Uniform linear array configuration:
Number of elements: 12
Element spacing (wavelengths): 0.5
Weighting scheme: exponential
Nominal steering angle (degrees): -45
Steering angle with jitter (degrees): -46.746
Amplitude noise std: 0.05
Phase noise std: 0.05

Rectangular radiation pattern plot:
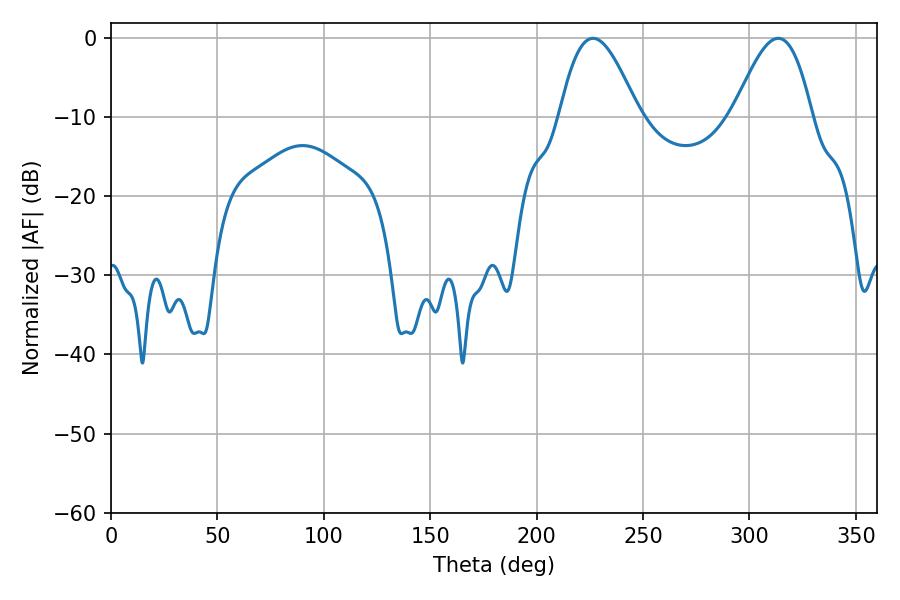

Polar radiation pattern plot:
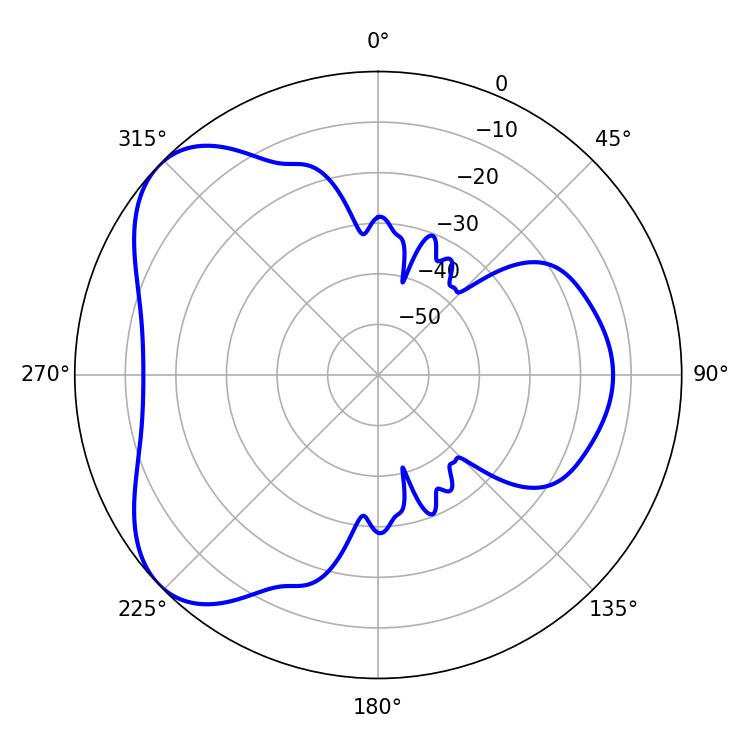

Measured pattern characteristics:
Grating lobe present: FALSE
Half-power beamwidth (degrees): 19.98
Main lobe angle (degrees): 226.44